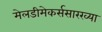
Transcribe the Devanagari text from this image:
मेलडीमेकर्ससारख्या